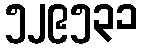
၅၂၉၅၃၁